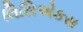
લિસિએકસ